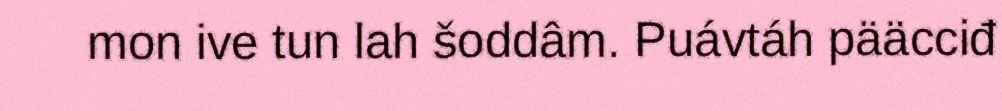
mon ive tun lah šoddâm. Puávtáh pääcciđ